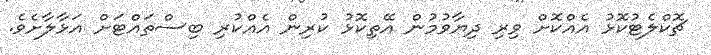
ޗޮކްލެޓުކޮޅު އެއްކޮށް ވިރި ދިޔާވުމުން އޭތިކޮޅު ކުރިން އެއްކުރި ބިސްތައްޓަށް އަޅާލާށެވެ.